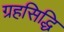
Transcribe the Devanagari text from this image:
ग्रहसिद्धि